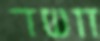
חשד